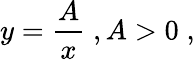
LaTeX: y={\frac{A}{x}}\; ,A>0\; ,